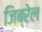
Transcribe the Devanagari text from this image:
जिब्रेल